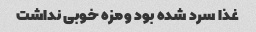
غذا سرد شده بود ومزه خوبی نداشت